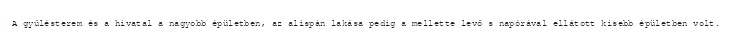
A gyűlésterem és a hivatal a nagyobb épületben, az alispán lakása pedig a mellette levő s napórával ellátott kisebb épületben volt.